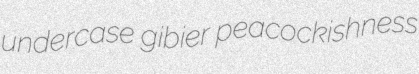
undercase gibier peacockishness